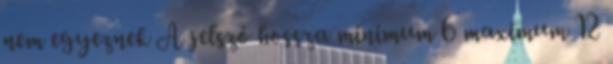
nem egyeznek A jelszó hossza minimum 6 maximum 12